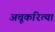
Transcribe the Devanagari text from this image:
अचूकरित्या